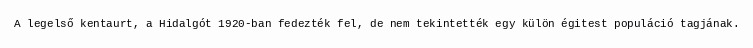
A legelső kentaurt, a Hidalgót 1920-ban fedezték fel, de nem tekintették egy külön égitest populáció tagjának.